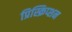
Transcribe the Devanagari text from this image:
प्रिस्क्रिप्शन